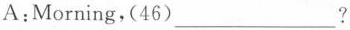
A:Morning,(46)___?